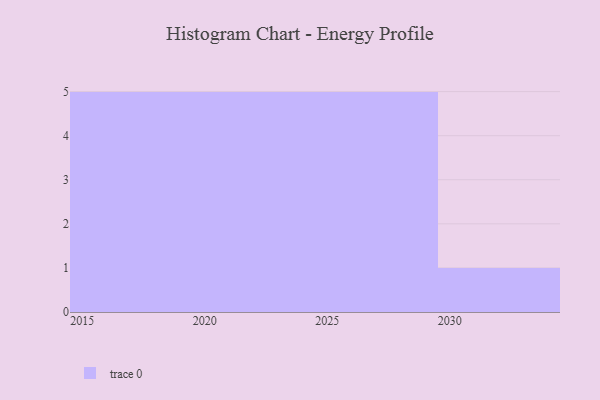
{"axis": {"x": "Year", "y": "Revenue (USD Million)"}, "legend": [""], "data": [{"x": "2026", "y": 67, "type": ""}, {"x": "2018", "y": 14, "type": ""}, {"x": "2020", "y": 78, "type": ""}, {"x": "2029", "y": 93, "type": ""}, {"x": "2025", "y": 92, "type": ""}, {"x": "2023", "y": 33, "type": ""}, {"x": "2028", "y": 34, "type": ""}, {"x": "2017", "y": 93, "type": ""}, {"x": "2027", "y": 68, "type": ""}, {"x": "2015", "y": 85, "type": ""}, {"x": "2030", "y": 69, "type": ""}, {"x": "2016", "y": 15, "type": ""}, {"x": "2024", "y": 54, "type": ""}, {"x": "2019", "y": 79, "type": ""}, {"x": "2021", "y": 84, "type": ""}, {"x": "2022", "y": 48, "type": ""}]}